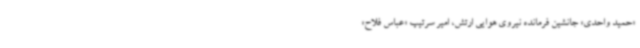
«حمید واحدی» جانشین فرمانده نیروی هوایی ارتش، امیر سرتیپ «عباس فلاح»